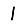
Digit: 1